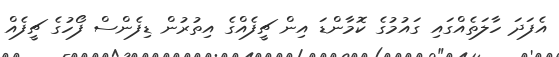
އެފަދަ ހާލަތެއްގައި ގައުމުގެ ކޮމާންޑަ އިން ޗީފެއްގެ އިތުރުން ޑިފެންސް ފޯހުގެ ޗީފެއް